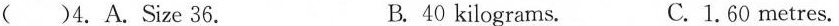
()4.A.Size 36. B. 40 kilograms. C.1.60 metres.